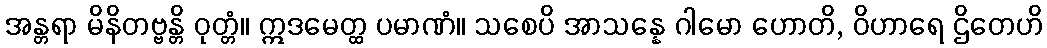
အန္တရာ မိနိတဗ္ဗန္တိ ဝုတ္တံ။ ဣဒမေတ္ထ ပမာဏံ။ သစေပိ အာသန္နေ ဂါမော ဟောတိ, ဝိဟာရေ ဌိတေဟိ